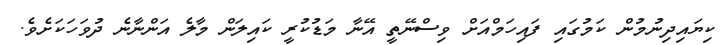
ކިޔައިދިނުމުން ކަމުގައި ފައިހަމްއަށް ވިސްނޭތީ އޭނާ މަޑުކުރީ ކައިލަން މާލެ އަންނާނެ ދުވަހަކަށެވެ.